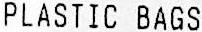
PLASTIC BAGS